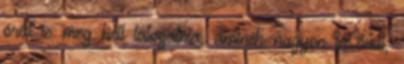
órát is meg kell látogatnia, aminek nagyon is örül,